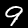
Digit: 9